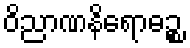
ဝိညာဏနိရောဓဉ္စ